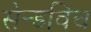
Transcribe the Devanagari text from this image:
सेन्डविच